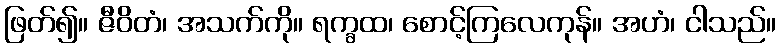
ဖြတ်၍။ ဇီဝိတံ၊ အသက်ကို။ ရက္ခထ၊ စောင့်ကြလေကုန်။ အဟံ၊ ငါသည်။